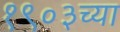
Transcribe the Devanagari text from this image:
१९०३च्या